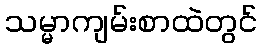
သမ္မာကျမ်းစာထဲတွင်